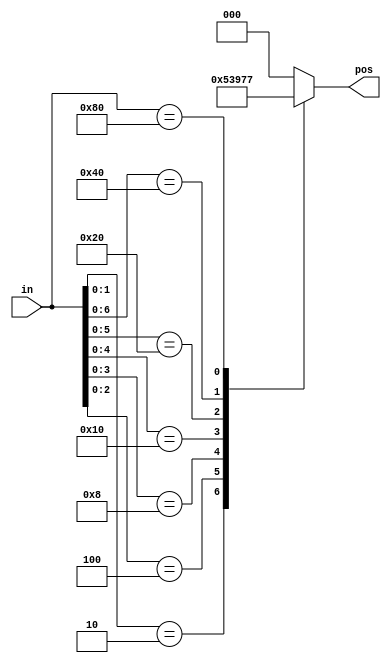
/*

Copyright 2022 Marc Ketel
SPDX-License-Identifier: Apache-2.0

*/

`default_nettype none

module top_module (
    input [7:0] in,
    output reg [2:0] pos
);

  always @(*) begin
    casez (in[7:0])
      8'bzzzzzzz1: pos = 0;
      8'bzzzzzz10: pos = 1;
      8'bzzzzz100: pos = 2;
      8'bzzzz1000: pos = 3;
      8'bzzz10000: pos = 4;
      8'bzz100000: pos = 5;
      8'bz1000000: pos = 6;
      8'b10000000: pos = 7;
      default: pos = 0;
    endcase
  end

endmodule